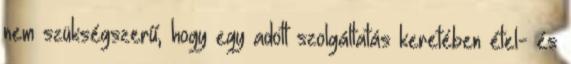
nem szükségszerű, hogy egy adott szolgáltatás keretében étel- és